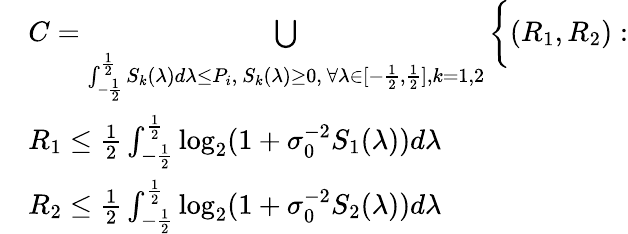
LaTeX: \begin{array}{rl}&{C=\underset{{\int_{-\frac{1}{2}}^{\frac{1}{2}}S_{k}(\lambda)d\lambda\leq P_{i},~S_{k}(\lambda)\geq 0,~\forall\lambda\in[-\frac{1}{2},\frac{1}{2}],k=1,2}}{\bigcup}\bigg\{ (R_{1},R_{2}):}\\ &{R_{1}\leq\frac{1}{2}\int_{-\frac{1}{2}}^{\frac{1}{2}}\log_{2}(1+\sigma_{0}^{-2}S_{1}(\lambda))d\lambda}\\ &{R_{2}\leq\frac{1}{2}\int_{-\frac{1}{2}}^{\frac{1}{2}}\log_{2}(1+\sigma_{0}^{-2}S_{2}(\lambda))d\lambda}\end{array}